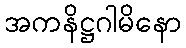
အကနိဋ္ဌဂါမိနော